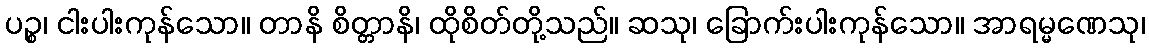
ပဉ္စ၊ ငါးပါးကုန်သော။ တာနိ စိတ္တာနိ၊ ထိုစိတ်တို့သည်။ ဆသု၊ ခြောက်းပါးကုန်သော။ အာရမ္မဏေသု၊